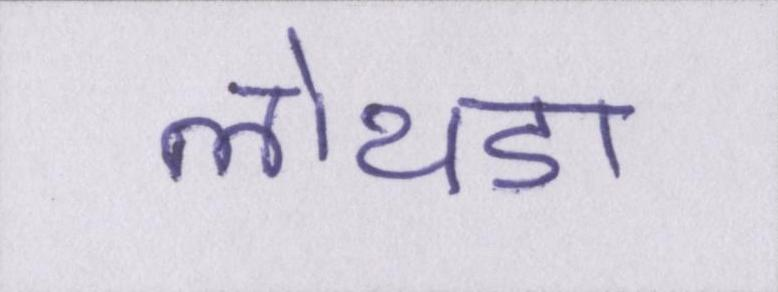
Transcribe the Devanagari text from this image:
लोथडा